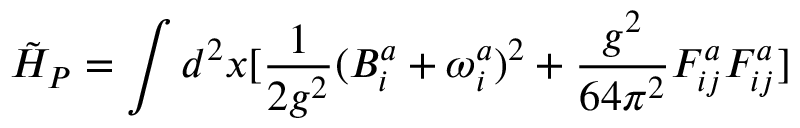
\tilde { H } _ { P } = \int d ^ { 2 } x [ \frac { 1 } { 2 g ^ { 2 } } ( B _ { i } ^ { a } + \omega _ { i } ^ { a } ) ^ { 2 } + \frac { g ^ { 2 } } { 6 4 \pi ^ { 2 } } F _ { i j } ^ { a } F _ { i j } ^ { a } ]